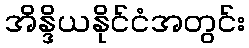
အိန္ဒိယနိုင်ငံအတွင်း